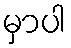
မှာပါ